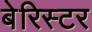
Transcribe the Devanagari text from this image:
बेरिस्टर